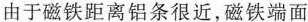
由于磁铁距离铝条很近，磁铁端面